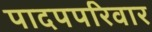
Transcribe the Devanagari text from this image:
पादपपरिवार